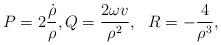
LaTeX: \begin{align*}P=2\frac{\dot{\rho}}{\rho},Q=\frac{2\omega v}{\rho^{2}},\text{\ \ }R=-\frac{4}{\rho^{3}},\end{align*}